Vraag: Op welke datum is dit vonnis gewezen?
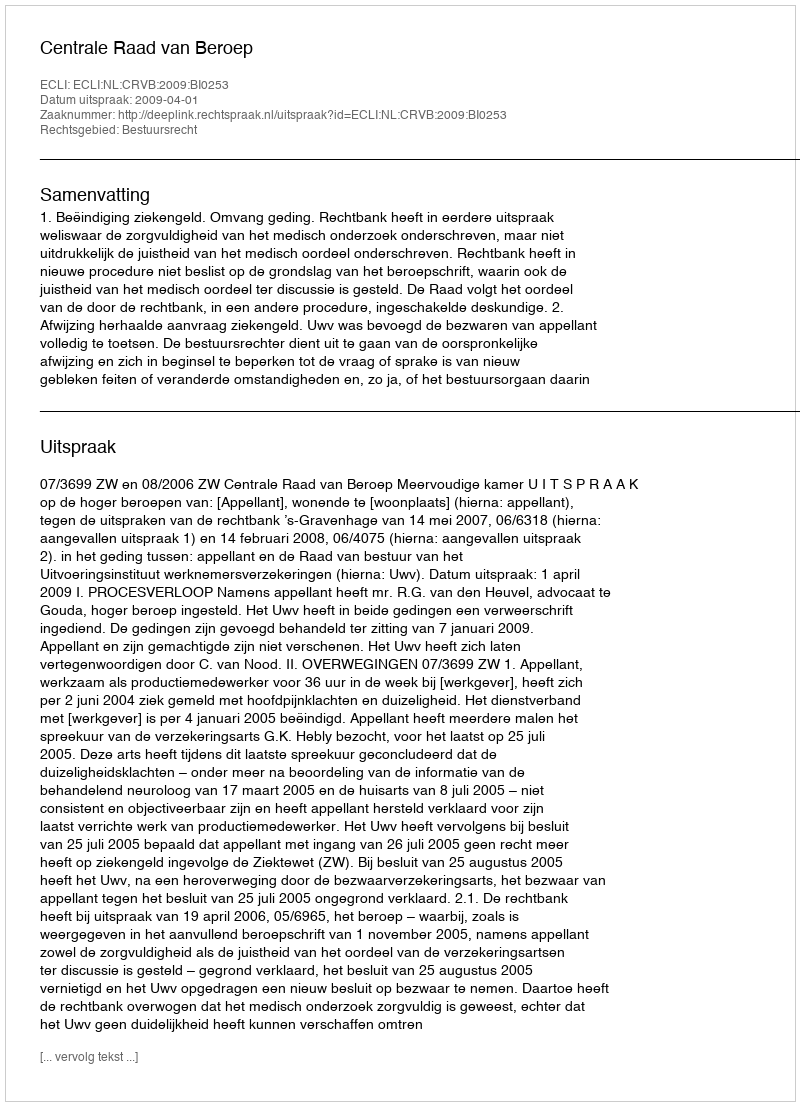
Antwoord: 2009-04-01